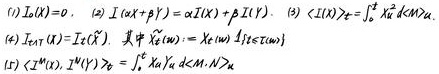
(1) $I_{X}(x)=0$, (2) $I(\alpha X+\beta Y)=\alpha I(X)+\beta I(Y)$, (3) $\langle I(X)\rangle_{T}=\int_{0}^{T} \hat{X}_{a}^{2} d \alpha \Leftrightarrow\langle X_{a}\rangle$.
(4) $I_{X \leftrightarrow \widetilde{X}}(X)=I_{X}(\widetilde{X})$, 其中 $\tilde{X}_{a}(\omega):=X_{a}(\omega) 1_{\{\omega \in \Omega_{X}\}}$.
(5) $\left\langle I^{M}(X), I^{N}(Y)\right\rangle_{T}=\int_{0}^{T} X_{a} Y_{a} d \alpha<M, N>_{X}$